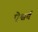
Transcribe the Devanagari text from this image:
ऐश्वर्य